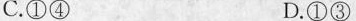
C.①④ D.①③